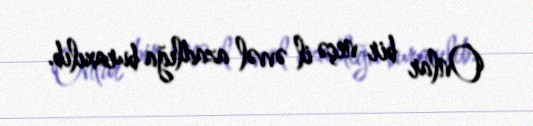
Onlar bir neçə il əvvəl azadlığa buraxılıb.